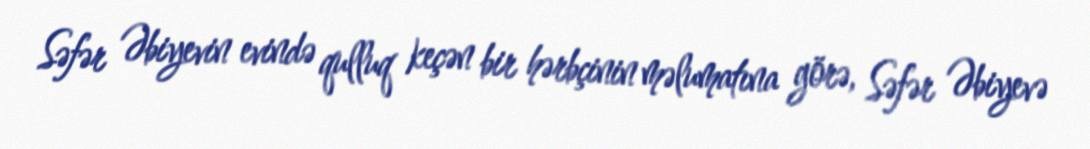
Səfər Əbiyevin evində qulluq keçən bir hərbçinin məlumatına görə, Səfər Əbiyevə